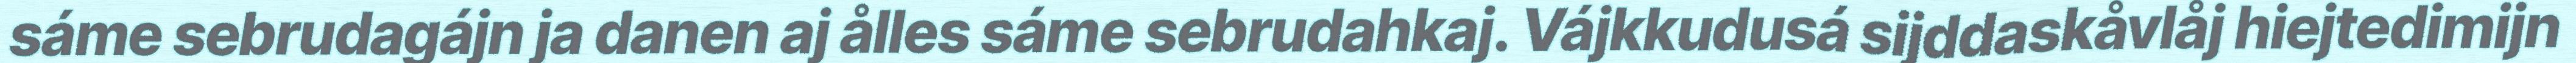
sáme sebrudagájn ja danen aj ålles sáme sebrudahkaj. Vájkkudusá sijddaskåvlåj hiejtedimijn